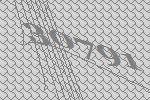
30791